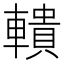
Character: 𨎨